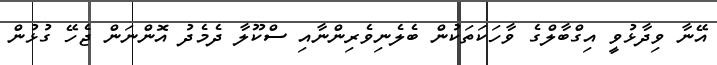
އޭނާ ވިދާޅުވީ އިގްބާލްގެ ވާހަކަތަކުން ބެލެނިވެރިންނާއި ސްކޫލާ ދެމެދު އޮންނަން ޖެހޭ ގުޅުން